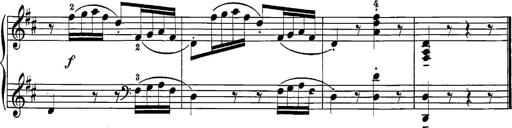
Title: 12 Sonatine per Pianoforte
Composer: Friedrich Kuhlau